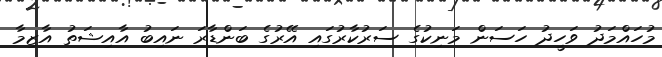
މުހައްމަދު ވަހީދު ހަސަން މަނިކުގެ ސަރުކާރުގައި އޭރުގެ ބަންޑާރަ ނައިބު އާއިޝަތު އާޒިމާ